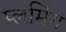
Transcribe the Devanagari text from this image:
प्लमिंग